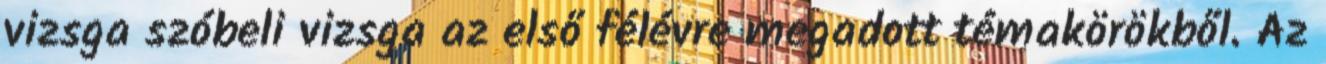
vizsga szóbeli vizsga az első félévre megadott témakörökből. Az